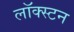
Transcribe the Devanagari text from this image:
लॉक्स्टन